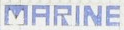
MARINE